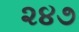
૨૪૭